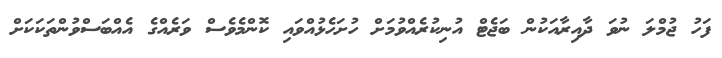
ފަހު ޖުމްލަ ނުވަ ދާއިރާއަކުން ބަޖެޓް އުނިކުރެއްވުމަށް ހުށަހެޅުއްވައި ކޮންމެވެސް ވަރެއްގެ އެއްބަސްވުންތަކަކަށް